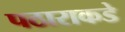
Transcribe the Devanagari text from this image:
पठाराकडे